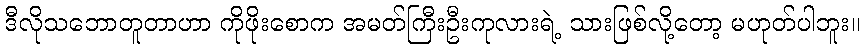
ဒီလိုသဘောတူတာဟာ ကိုဖိုးစောက အမတ်ကြီးဦးကုလားရဲ့ သားဖြစ်လို့တော့ မဟုတ်ပါဘူး။